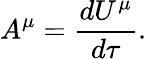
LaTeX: A^{\mu}={\frac{dU^{\mu}}{d\tau}}.